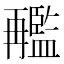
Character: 𠕱